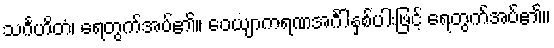
သင်္ဂဟိတံ၊ ရေတွက်အပ်၏။ ဝေယျာကရဏအင်္ဂါနှစ်ပါးဖြင့် ရေတွက်အပ်၏။